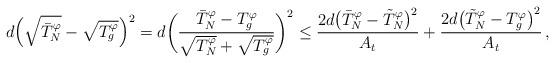
LaTeX: \begin{align*}d\Big(\sqrt{\bar T_N^\varphi} - \sqrt{T_g^\varphi}\Big)^2 = d\bigg(\frac{\bar T_N^\varphi - T_g^\varphi}{\sqrt{T_N^\varphi} +\sqrt{T_g^\varphi}}\bigg)^2 \le \frac{2d\big(\bar T_N^\varphi - \tilde T_N^\varphi\big)^2}{A_t} + \frac{2d\big( \tilde T_N^\varphi - T_g^\varphi\big)^2}{A_t}\,,\end{align*}